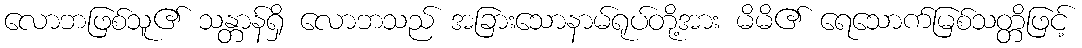
လောဘဖြစ်သူ၏ သန္တာန်ရှိ လောဘသည် အခြားသောနာမ်ရုပ်တို့အား မိမိ၏ ရေသောက်မြစ်သတ္တိဖြင့်